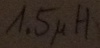
Text: 1.5µH